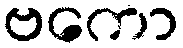
ဗကော